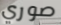
صوري